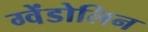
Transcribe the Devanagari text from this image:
ग्वेंडोलिन